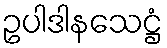
ဥပါဒါနသေဋ္ဌံ